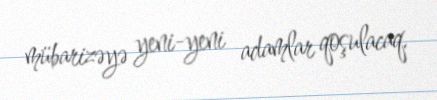
mübarizəyə yeni-yeni adamlar qoşulacaq.